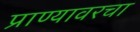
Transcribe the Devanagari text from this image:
प्राण्यावरचा